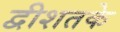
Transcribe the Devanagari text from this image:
द्वीशतके